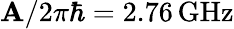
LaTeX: \mathbf{A}/2\pi\hbar=2.76\, \mathrm{{GHz}}